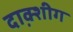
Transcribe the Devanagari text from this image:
दाक्श़ीग